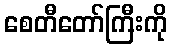
စေတီတော်ကြီးကို